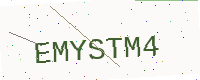
Text: EMYSTM4